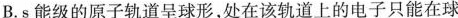
B.s能级的原子轨道呈球形，处在该轨道上的电子只能在球